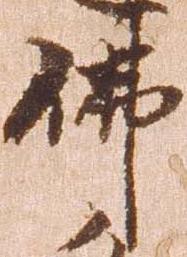
仏